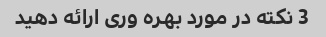
3 نکته در مورد بهره وری ارائه دهید